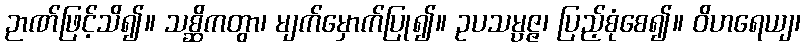
ဉာဏ်ဖြင့်သိ၍။ သစ္ဆိကတွာ၊ မျက်မှောက်ပြု၍။ ဥပသမ္ပဇ္ဇ၊ ပြည့်စုံစေ၍။ ဝိဟရေယျ၊